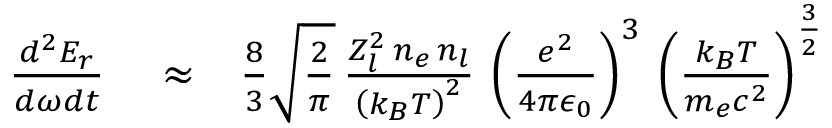
\begin{array} { r l r } { \frac { d ^ { 2 } E _ { r } } { d \omega d t } } & { { } \approx } & { \frac { 8 } { 3 } \sqrt { \frac { 2 } { \pi } } \, \frac { Z _ { l } ^ { 2 } \, n _ { e } \, n _ { l } } { \left( k _ { B } T \right) ^ { 2 } } \, \left( \frac { e ^ { 2 } } { 4 \pi \epsilon _ { 0 } } \right) ^ { 3 } \, \left( \frac { k _ { B } T } { m _ { e } c ^ { 2 } } \right) ^ { \frac { 3 } { 2 } } } \end{array}